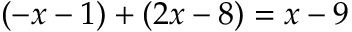
( - x - 1 ) + ( 2 x - 8 ) = x - 9